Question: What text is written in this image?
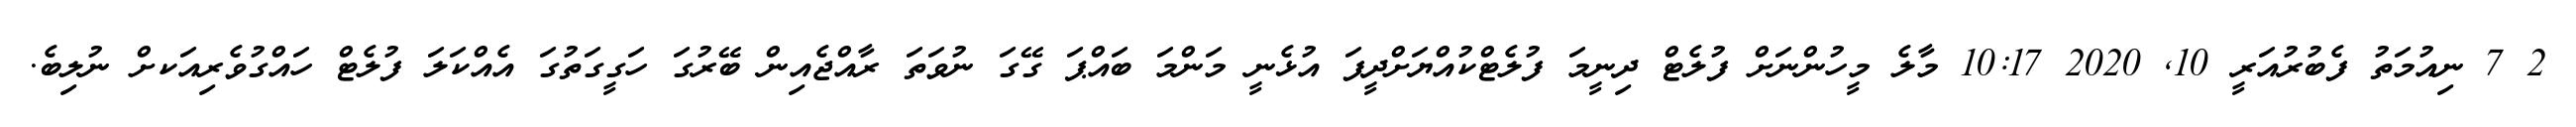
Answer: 2 7 ނިއުމަތު ފެބުރުއަރީ 10, 2020 10:17 މާލެ މީހުންނަށް ފުލެޓް ދިނީމަ ފުލެޓްކުއްޔަށްދީފަ އުޅެނީ މަންމަ ބައްޕަ ގޭގަ ނުވަތަ ރާއްޖެއިން ބޭރުގަ ހަގީގަތުގަ އެއްކަލަ ފުލެޓް ހައްގުވެރިއަކށް ނުލިބެ.